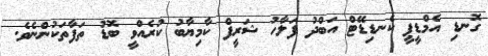
ގޮނޑި އެމްޑީޕީ ކެނޑިޑޭޓް އަބްދު ފަލާހު ޝަރީފް ކާމިޔާބު ކުރެއްވީ ބޮޑު ތަފާތަކުންނެވެ.